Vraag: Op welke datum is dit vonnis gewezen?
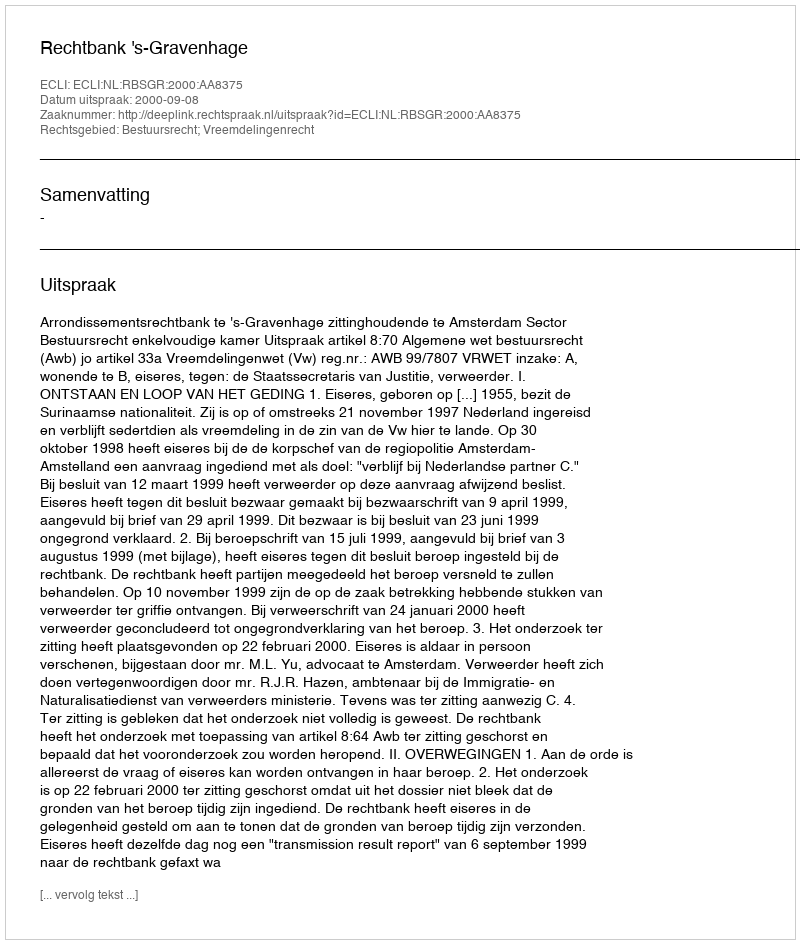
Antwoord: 2000-09-08